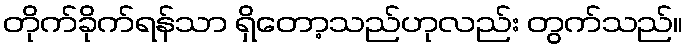
တိုက်ခိုက်ရန်သာ ရှိတော့သည်ဟုလည်း တွက်သည်။